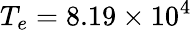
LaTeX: T_{e}=8.19\times 10^{4}